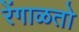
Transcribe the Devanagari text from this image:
रेंगाळतो